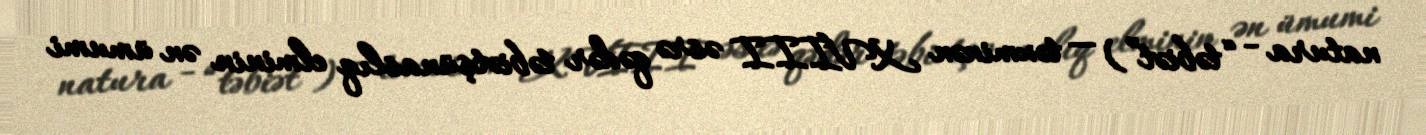
natura - “təbiət”) — təxminən XVIII əsrə qədər təbiətşünaslıq elminin ən ümumi